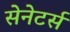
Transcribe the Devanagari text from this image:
सेनेटर्स